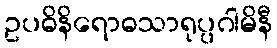
ဥပဓိနိရောဓသာရုပ္ပဂါမိနီ